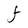
Character: F